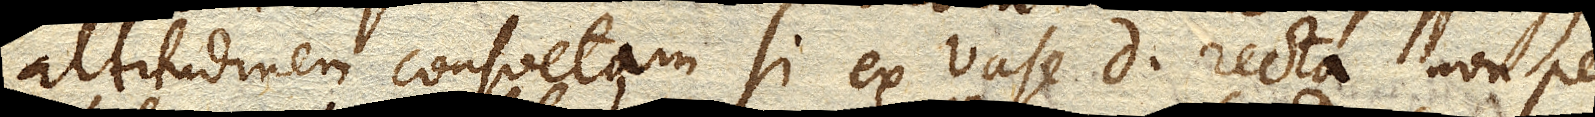
altitudinem consuetam si ex vase D recta non per